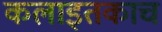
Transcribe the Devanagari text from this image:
कलाइतकाच